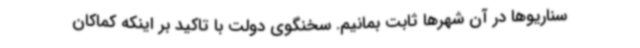
سناریوها در آن شهرها ثابت بمانیم. سخنگوی دولت با تاکید بر اینکه کماکان